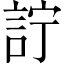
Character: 詝